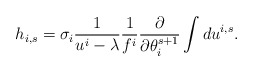
\begin{align*}h_{i,s}=\sigma_i \frac1{u^i - \lambda}\frac1{f^i} \frac{\partial }{\partial \theta_i^{s+1}} \int du^{i,s} .\end{align*}